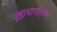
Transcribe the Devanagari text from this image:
पृष्ठाभागांतर्गत